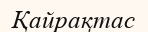
Қайрақтас